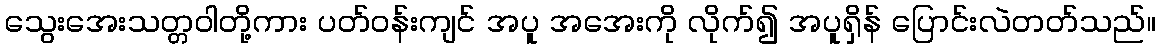
သွေးအေးသတ္တဝါတို့ကား ပတ်ဝန်းကျင် အပူ အအေးကို လိုက်၍ အပူရှိန် ပြောင်းလဲတတ်သည်။